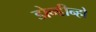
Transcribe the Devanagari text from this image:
डोन्डीन्हो